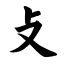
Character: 攴